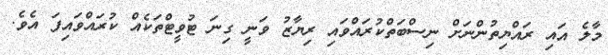
މާލެ އައި ރައްޔިތުންނަށް ނިސްބަތްކުރައްވައި ރިިޔާޒު ވަނީ ގިނަ ޓުވީޓްތަކެއް ކުރައްވަައިފަ އެވެ.